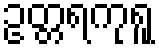
ဥတ္တရကုရူ